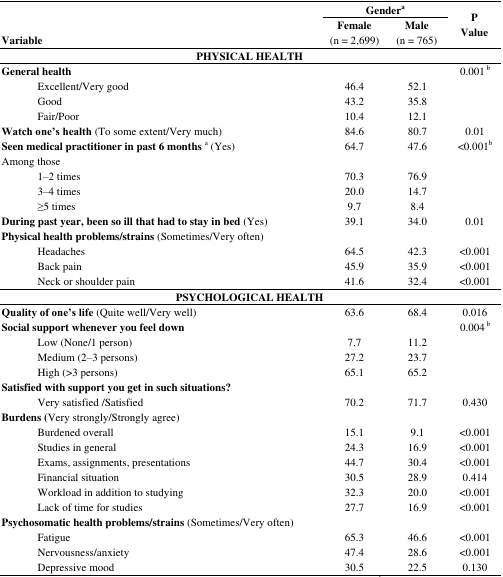
<table><thead><tr><td rowspan="2"><b>Variable</b></td><td colspan="2"><b>Gender<sup>a</sup></b></td><td rowspan="2"><b>P Value</b></td></tr><tr><td><b>Female (n= 2,699)</b></td><td><b>Male (n = 765)</b></td></tr></thead><tbody><tr><td colspan="4"><b>PHYSICAL HEALTH</b></td></tr><tr><td><b>General health</b></td><td></td><td></td><td>0.001 <sup>b</sup></td></tr><tr><td>Excellent/Very good</td><td>46.4</td><td>52.1</td><td></td></tr><tr><td>Good</td><td>43.2</td><td>35.8</td><td></td></tr><tr><td>Fair/Poor</td><td>10.4</td><td>12.1</td><td></td></tr><tr><td><b>Watch one’s health</b> (To some extent/Very much)</td><td>84.6</td><td>80.7</td><td>0.01</td></tr><tr><td><b>Seen medical practitioner in past 6 months</b><sup>a</sup> (Yes)</td><td>64.7</td><td>47.6</td><td>&lt;0.001<sup>b</sup></td></tr><tr><td>Among those</td><td></td><td></td><td></td></tr><tr><td>1–2 times</td><td>70.3</td><td>76.9</td><td></td></tr><tr><td>3–4 times</td><td>20.0</td><td>14.7</td><td></td></tr><tr><td>≥5 times</td><td>9.7</td><td>8.4</td><td></td></tr><tr><td><b>During past year, been so ill that had to stay in bed</b> (Yes)</td><td>39.1</td><td>34.0</td><td>0.01</td></tr><tr><td><b>Physical health problems/strains</b> (Sometimes/Very often)</td><td></td><td></td><td></td></tr><tr><td>Headaches</td><td>64.5</td><td>42.3</td><td>&lt;0.001</td></tr><tr><td>Back pain</td><td>45.9</td><td>35.9</td><td>&lt;0.001</td></tr><tr><td>Neck or shoulder pain</td><td>41.6</td><td>32.4</td><td>&lt;0.001</td></tr><tr><td colspan="4"><b>PSYCHOLOGICAL HEALTH</b></td></tr><tr><td><b>Quality of one’s life</b> (Quite well/Very well)</td><td>63.6</td><td>68.4</td><td>0.016</td></tr><tr><td><b>Social support whenever you feel down</b></td><td></td><td></td><td>0.004 <sup>b</sup></td></tr><tr><td>Low (None/1 person)</td><td>7.7</td><td>11.2</td><td></td></tr><tr><td>Medium (2–3 persons)</td><td>27.2</td><td>23.7</td><td></td></tr><tr><td>High (&gt;3 persons)</td><td>65.1</td><td>65.2</td><td></td></tr><tr><td><b>Satisfied with support you get in such situations?</b></td><td></td><td></td><td></td></tr><tr><td>Very satisfied /Satisfied</td><td>70.2</td><td>71.7</td><td>0.430</td></tr><tr><td><b>Burdens</b> (Very strongly/Strongly agree)</td><td></td><td></td><td></td></tr><tr><td>Burdened overall</td><td>15.1</td><td>9.1</td><td>&lt;0.001</td></tr><tr><td>Studies in general</td><td>24.3</td><td>16.9</td><td>&lt;0.001</td></tr><tr><td>Exams, assignments, presentations</td><td>44.7</td><td>30.4</td><td>&lt;0.001</td></tr><tr><td>Financial situation</td><td>30.5</td><td>28.9</td><td>0.414</td></tr><tr><td>Workload in addition to studying</td><td>32.3</td><td>20.0</td><td>&lt;0.001</td></tr><tr><td>Lack of time for studies</td><td>27.7</td><td>16.9</td><td>&lt;0.001</td></tr><tr><td><b>Psychosomatic health problems/strains</b> (Sometimes/Very often)</td><td></td><td></td><td></td></tr><tr><td>Fatigue</td><td>65.3</td><td>46.6</td><td>&lt;0.001</td></tr><tr><td>Nervousness/anxiety</td><td>47.4</td><td>28.6</td><td>&lt;0.001</td></tr><tr><td>Depressive mood</td><td>30.5</td><td>22.5</td><td>0.130</td></tr></tbody></table>